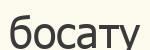
босату